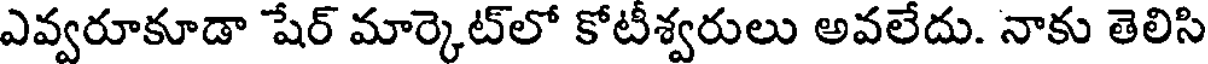
ఎవ్వరూకూడా షేర్ మార్కెట్లో కోటీశ్వరులు అవలేదు. నాకు తెలిసి